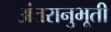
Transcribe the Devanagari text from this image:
अंतरानुभूती